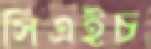
সিএইচ